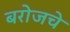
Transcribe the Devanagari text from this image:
बरोजचे